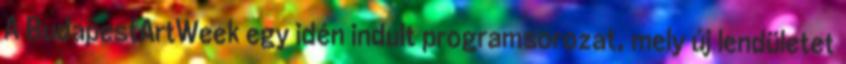
A BudapestArtWeek egy idén indult programsorozat, mely új lendületet